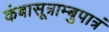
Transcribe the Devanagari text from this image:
कंबासूत्राम्बुपात्रं